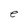
Character: e